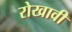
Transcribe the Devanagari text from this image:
रोखावी